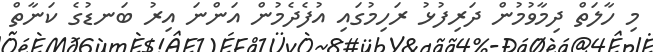
މި ހާލަތް ދިމާވުމުން ދަރިފުޅު ރަހިމުގައި އުފެދެމުން އަންނަ އިރު ބަނޑުގެ ކަނާތް